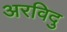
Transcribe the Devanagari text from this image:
अरविदु